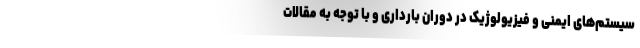
سیستم‌های ایمنی و فیزیولوژیک در دوران بارداری و با توجه به مقالات